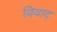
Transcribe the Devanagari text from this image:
विवाद